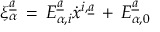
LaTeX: \xi _ { \alpha } \sp { \underline { { { a } } } } \, = \, E _ { \alpha , i } \sp { \underline { { { a } } } } \dot { x } \sp { i , \underline { { { a } } } } \, + \, E _ { \alpha , 0 } \sp { \underline { { { a } } } }